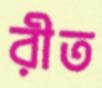
রীত